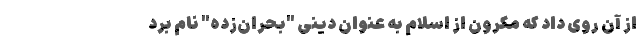
از آن روی داد که مکرون از اسلام به عنوان دینی "بحران‌زده" نام برد